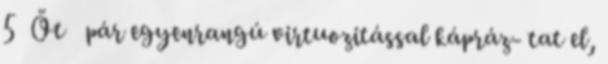
5 Öt pár egyenrangú virtuozitással kápráz- tat el,